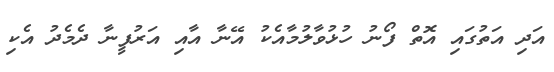
އަދި އަތުގައި އޮތް ފޯނު ހުޅުވާލުމާއެކު އޭނާ އާއި އަރުފީނާ ދެމެދު އެކި